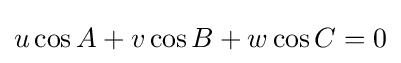
u\cos A+v\cos B+w\cos C=0